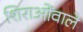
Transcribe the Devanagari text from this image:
शिराओंवाले